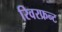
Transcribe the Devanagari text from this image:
रिवरफ्रन्ट